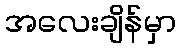
အလေးချိန်မှာ